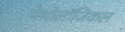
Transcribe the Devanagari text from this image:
पेथोलॉजिकल